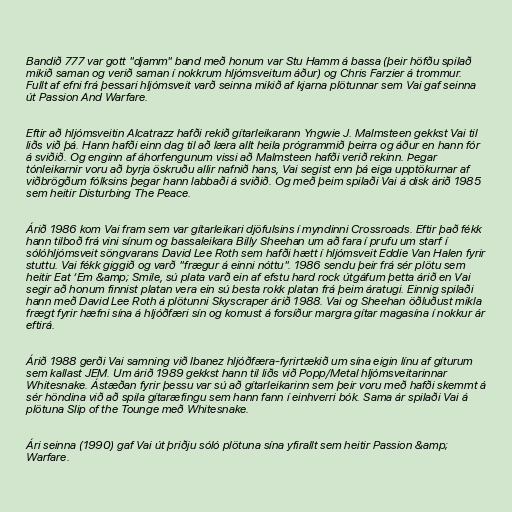
Bandið 777 var gott "djamm" band með honum var Stu Hamm á bassa (þeir höfðu spilað
mikið saman og verið saman í nokkrum hljómsveitum áður) og Chris Farzier á trommur.
Fullt af efni frá þessari hljómsveit varð seinna mikið af kjarna plötunnar sem Vai gaf seinna
út Passion And Warfare.

Eftir að hljómsveitin Alcatrazz hafði rekið gítarleikarann Yngwie J. Malmsteen gekkst Vai til
liðs við þá. Hann hafði einn dag til að læra allt heila prógrammið þeirra og áður en hann fór
á sviðið. Og enginn af áhorfengunum vissi að Malmsteen hafði verið rekinn. Þegar
tónleikarnir voru að byrja öskruðu allir nafnið hans, Vai segist enn þá eiga upptökurnar af
viðbrögðum fólksins þegar hann labbaði á sviðið. Og með þeim spilaði Vai á disk árið 1985
sem heitir Disturbing The Peace.

Árið 1986 kom Vai fram sem var gítarleikari djöfulsins í myndinni Crossroads. Eftir það fékk
hann tilboð frá vini sínum og bassaleikara Billy Sheehan um að fara í prufu um starf í
sólóhljómsveit söngvarans David Lee Roth sem hafði hætt í hljómsveit Eddie Van Halen fyrir
stuttu. Vai fékk giggið og varð "frægur á einni nóttu". 1986 sendu þeir frá sér plötu sem
heitir Eat ‘Em &amp; Smile, sú plata varð ein af efstu hard rock útgáfum þetta árið en Vai
segir að honum finnist platan vera ein sú besta rokk platan frá þeim áratugi. Einnig spilaði
hann með David Lee Roth á plötunni Skyscraper árið 1988. Vai og Sheehan öðluðust mikla
frægt fyrir hæfni sína á hljóðfæri sín og komust á forsíður margra gítar magasína í nokkur ár
eftirá.

Árið 1988 gerði Vai samning við Ibanez hljóðfæra-fyrirtækið um sína eigin línu af gíturum
sem kallast JEM. Um árið 1989 gekkst hann til liðs við Popp/Metal hljómsveitarinnar
Whitesnake. Ástæðan fyrir þessu var sú að gítarleikarinn sem þeir voru með hafði skemmt á
sér höndina við að spila gítaræfingu sem hann fann í einhverri bók. Sama ár spilaði Vai á
plötuna Slip of the Tounge með Whitesnake.

Ári seinna (1990) gaf Vai út þriðju sóló plötuna sína yfirallt sem heitir Passion &amp;
Warfare.